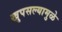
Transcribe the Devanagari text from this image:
खुपसल्यामुळे